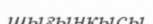
шығыңқысы